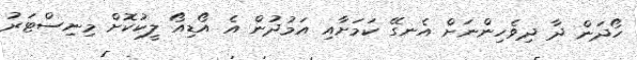
ހޯދަން ދާ ދިވެހިންނަށް އެނގޭ ކަމަށާއި އަމުދުން އެ އޯޑިއޯ ލީކުކޮށް މިނިސްޓަރު